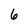
Character: 6